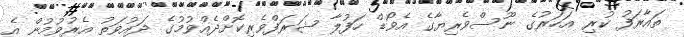
ތައާރަފު ކުރި އަހަރުގެ ނޫސްވެރިޔާގެ އެވޯޑް ހަފުލާ ޝަރަފްވެރިކޮށްދެއްވުމުގެ ދައުވަތު އެރުވުމުން އެ